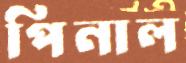
পিনাল